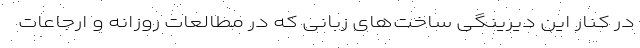
در کنار این دیرینگی ساخت‌های زبانی که در مطالعات روزانه و ارجاعات